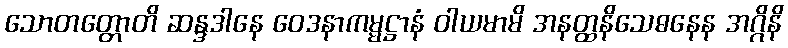
သောတတ္တောတိ ဆန္ဒဒါနေ ဝေဒနာကမ္မဋ္ဌာနံ ဝါယမာမိ အနတ္ထနိသေဓနေန အဂ္ဂိနိ